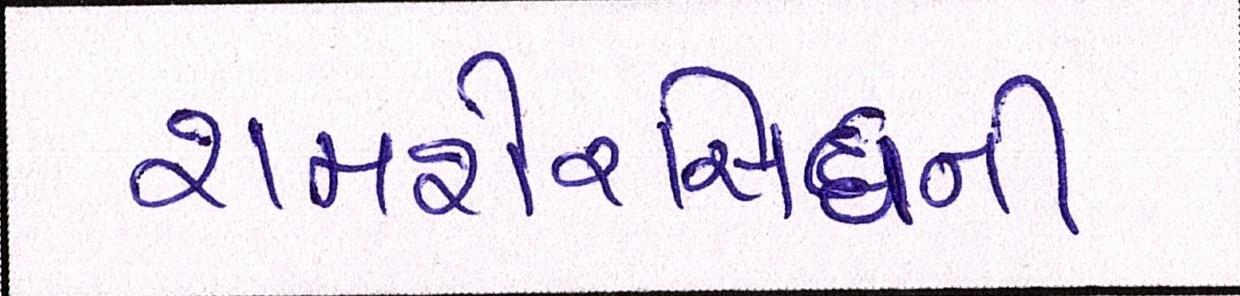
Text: શમશેરસિંઘની